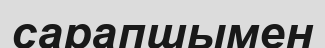
сарапшымен